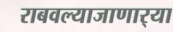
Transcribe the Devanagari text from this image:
राबवल्याजाणार्‍या